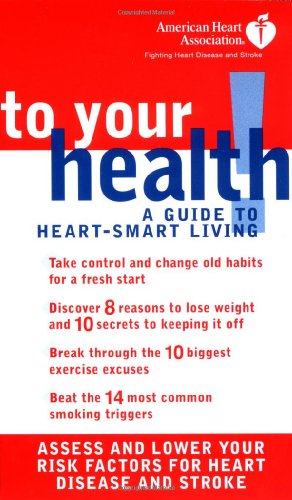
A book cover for American Heart Association: To Your Health! A Guide to Heart-Smart Living; American Heart Association; Health, Fitness & Dieting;